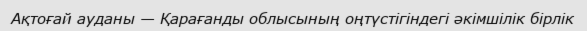
Ақтоғай ауданы — Қарағанды облысының оңтүстігіндегі әкімшілік бірлік